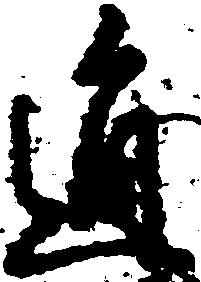
通